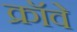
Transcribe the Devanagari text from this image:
क्रॉवे